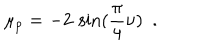
LaTeX: \mu _ { p } = - 2 \, \sin ( \frac { \pi } { 4 } \nu ) ~ ~ .